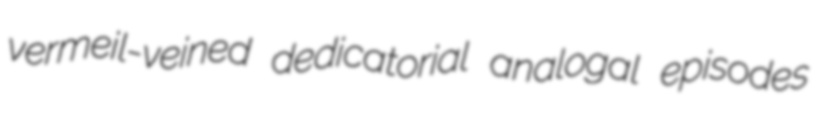
vermeil-veined dedicatorial analogal episodes